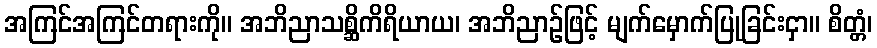
အကြင်အကြင်တရားကို။ အဘိညာသစ္ဆိကိရိယာယ၊ အဘိညာဉ်ဖြင့် မျက်မှောက်ပြုခြင်းငှာ။ စိတ္တံ၊